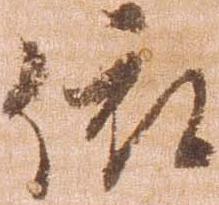
依